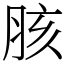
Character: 胲